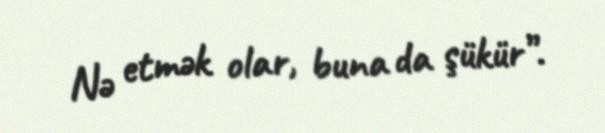
Nə etmək olar, buna da şükür”.